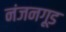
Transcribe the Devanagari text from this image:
नंजनगूड